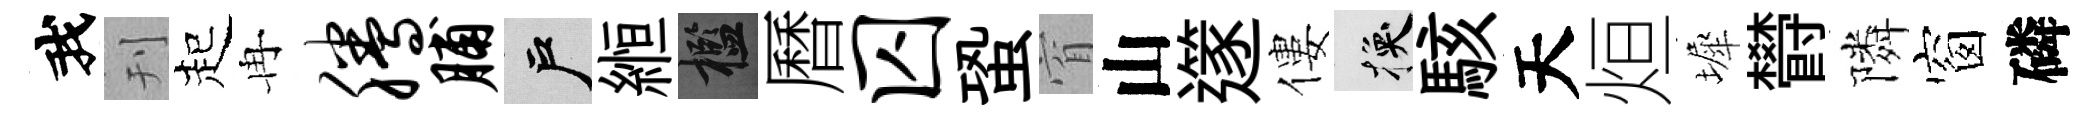
我刊起冉腾脯户縆檻曆囚蛩窅山𨗹僂换駭天烜墀欎隣窗磷